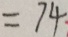
= 7 4